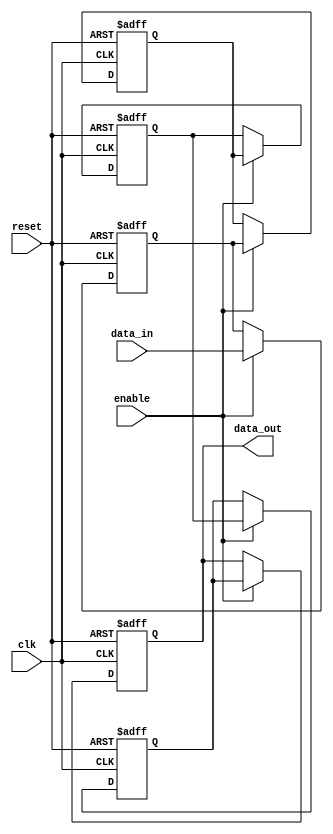
module multistage_register #(
    parameter N = 4,                // Number of stages
    parameter WIDTH = 8             // Width of the data bus
)(
    input  wire clk,                // Clock input
    input  wire reset,              // Asynchronous reset
    input  wire enable,             // Enable signal
    input  wire [WIDTH-1:0] data_in, // Parallel input data
    output reg  [WIDTH-1:0] data_out // Output data from the final stage
);
    
    // Declare register array for the stages
    reg [WIDTH-1:0] stages [0:N-1];

    integer i;                       // Loop index

    always @(posedge clk or posedge reset) begin
        if (reset) begin
            // Clear all stages on reset
            for (i = 0; i < N; i = i + 1) begin
                stages[i] <= {WIDTH{1'b0}}; // Zero it out
            end
            data_out <= {WIDTH{1'b0}}; // Reset output as well
        end else if (enable) begin
            // Shift data through the stages
            stages[0] <= data_in;      // Capture input in the first stage
            for (i = 1; i < N; i = i + 1) begin
                stages[i] <= stages[i-1]; // Shift data from previous stage
            end
            data_out <= stages[N-1];    // Output the last stage
        end
    end
    
endmodule